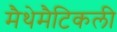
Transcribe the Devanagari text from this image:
मैथेमैटिकली